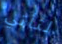
لتأتي